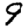
Digit: 9